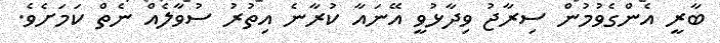
ބާރީ އެންގެވުމުން ސިރާޖު ވިދާޅުވީ އޭނައާ ކުރާނެ އިތުރު ސުވާލެއް ނެތް ކަމަށެވެ.